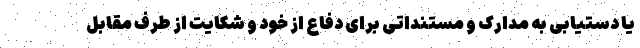
یا دستیابی به مدارک و مستنداتی برای دفاع از خود و شکایت از طرف مقابل